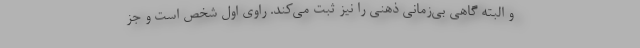
و البته گاهی بی‌زمانی ذهنی را نیز ثبت می‌کند. راوی اول شخص است و جز